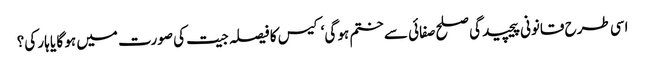
اسی طرح قانونی پیچیدگی صلح صفائی سے ختم ہو گی‘ کیس کا فیصلہ جیت کی صورت میں ہو گا یا ہار کی؟